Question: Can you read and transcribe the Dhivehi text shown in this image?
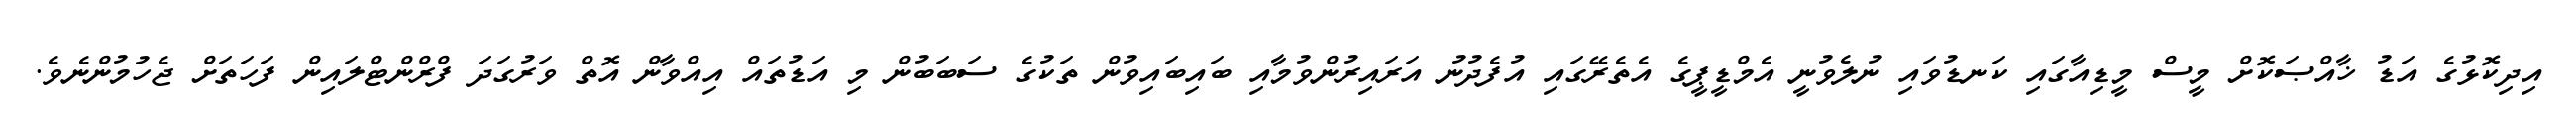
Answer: އިދިކޮޅުގެ އަޑު ޚާއްޞަކޮށް މީސް މީޑިއާގައި ކަނޑުވައި ނުލެވުނީ އެމްޑީޕީގެ އެތެރޭގައި އުފެދުނު އަރައިރުންވުމާއި ބައިބައިވުން ތަކުގެ ސަބަބުން މި އަޑުތައް އިއްވާން އޮތް ވަރުގަދަ ފްރްންޓްލައިން ފަހަތަށް ޖެހުމުންނެވެ.